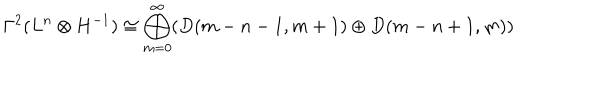
\Gamma ^ { 2 } ( L ^ { n } \otimes H ^ { - 1 } ) \cong \bigoplus _ { m = 0 } ^ { \infty } ( D ( m - n - 1 , m + 1 ) \oplus D ( m - n + 1 , m ) )